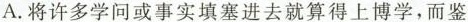
A.将许多学问或事实填塞进去就算的上博学，而鉴